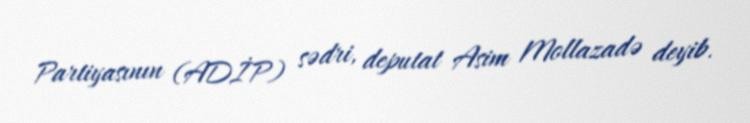
Partiyasının (ADİP) sədri, deputat Asim Mollazadə deyib.